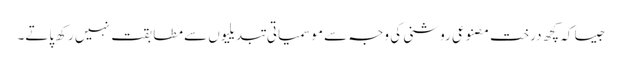
جیسا کہ کچھ درخت مصنوعی روشنی کی وجہ سے موسمیاتی تبدیلیوں سے مطابقت نہیں رکھ پاتے۔